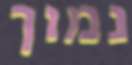
נמוך